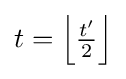
t=\left\lfloor {\tfrac {t'}{2}}\right\rfloor